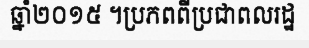
ឆ្នាំ២០១៥ ។ប្រភពពីប្រជាពលរដ្ឋ